Leaving Certificate Examination, 1920
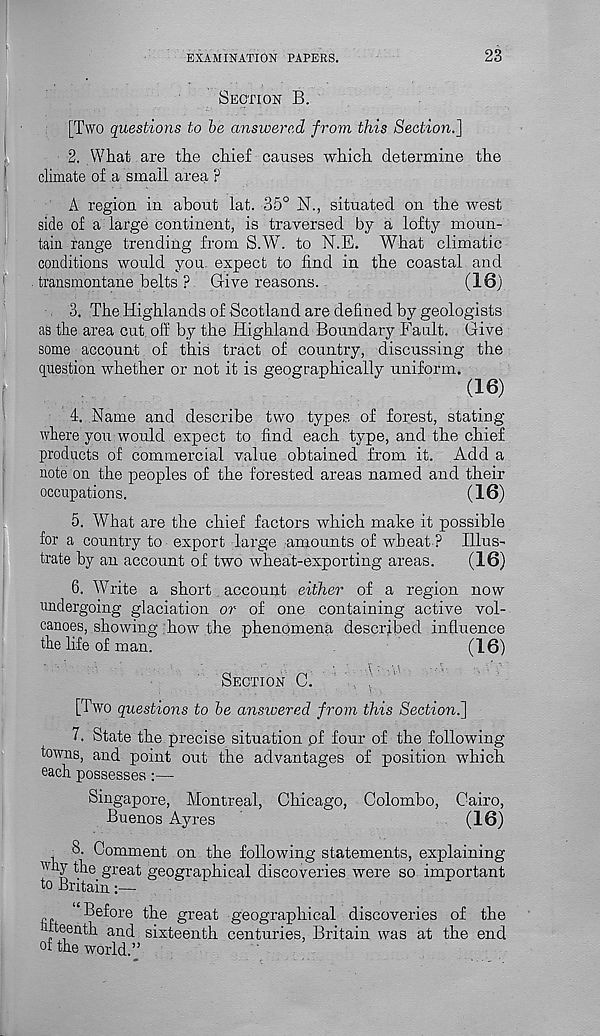
EXAMINATION PAPERS.
23
SECTION B.
[Two questions to be answered from this Section.]
2. What are the chief causes which determine the
climate of a small area ?
A region in about lat. 35° N., situated on the west
side of a large continent, is traversed by a lofty moun-
tain range trending from S.W r . to N.E. What climatic
conditions would you. expect to find in the coastal and
transmontane belts ? Give reasons.
(IS)
3. The Highlands of Scotland are defined by geologists
as the area cut off by the Highland Boundary Fault. Give
some account of this tract of country, discussing the
question whether or not it is geographically uniform.
4. Name and describe two types of forest, stating
where you would expect to find each type, and the chief
products of commercial value obtained from it. Add a
note on the peoples of the forested areas named and their
occupations.
(16)
5. What are the chief factors which make it possible
for a country to export large amounts of wheat ? Illus-
trate by an account of two wheat-exporting areas.
(16)
6. AVrite a short account either of a region now
undergoing glaciation or of one containing active vol-
canoes, showing how the phenomena described influence
the life of man.
(16)
SECTION C.
[Two questions to be answered from this Section.]
7. State the precise situation pf four of the following-
towns, and point out the advantages of position which
each possesses:—
Singapore, Montreal, Chicago, Colombo, Cairo,
Buenos Ayres
(16)
, 8- Comment on the following statements, explaining
why the great geographical discoveries were so important
to Britain
‘Before the great geographical discoveries of the
fteenth and sixteenth centuries, Britain was at the end
of the world.”